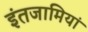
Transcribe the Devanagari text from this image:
इंतजामियां